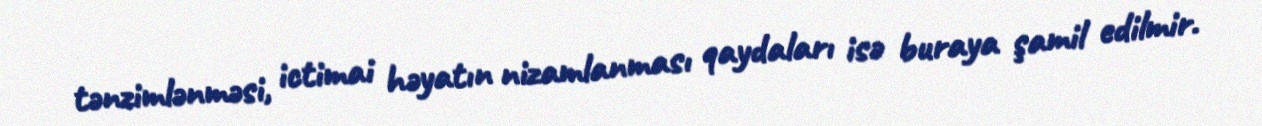
tənzimlənməsi, ictimai həyatın nizamlanması qaydaları isə buraya şamil edilmir.